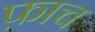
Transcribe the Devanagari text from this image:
फ़ाच